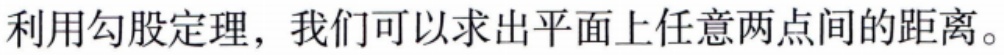
利用勾股定理，我们可以求出平面上任意两点间的距离。